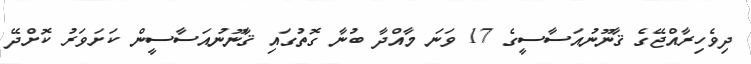
ދިވެހިރާއްޖޭގެ ޤާނޫނުއަސާސީގެ 17 ވަނަ މާއްދާ ބުނާ ގޮތުގައި ޤާނޫނުއަސާސީން ކަށަވަރު ކޮށްދޭ